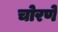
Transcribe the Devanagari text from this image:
चोरणे